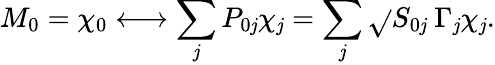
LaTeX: M_{0}=\chi_{0}\longleftrightarrow\sum_{\mathit{j}}P_{0\mathit{j}}\chi_{\mathit{j}}=\sum_{\mathit{j}}\sqrt{}{{S_{0\mathit{j}}}}\ \Gamma_{\mathit{j}}\chi_{\mathit{j}}.